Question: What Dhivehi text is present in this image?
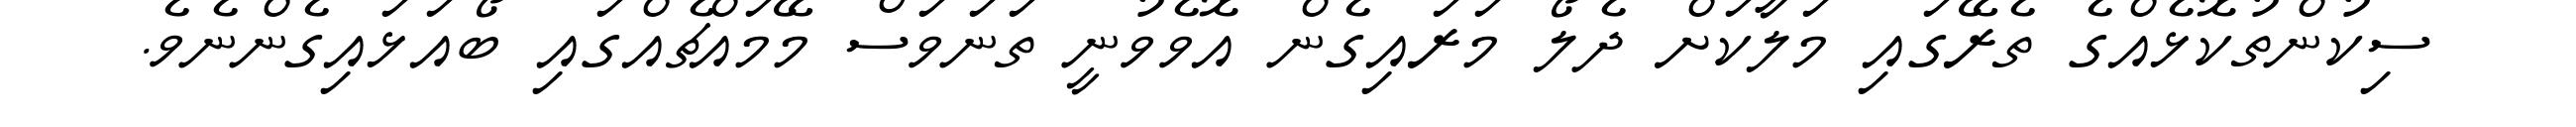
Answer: ސިކުންތުކޮޅެއްގެ ތެރޭގައި މަލާކަށް ދެލޯ މަރައިގެން އޮވެވުނީ ތަނަވަސް މޭމައްޗެއްގައި ބޯއަޅައިގެންނެވެ.